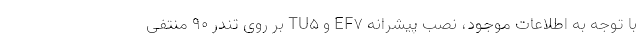
با توجه به اطلاعات موجود، نصب پیشرانه EF7 و TU5 بر روی تندر ۹۰ منتفی